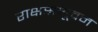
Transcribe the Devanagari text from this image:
राक्षसभूवन